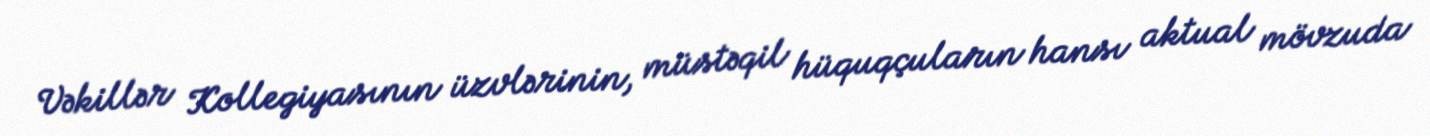
Vəkillər Kollegiyasının üzvlərinin, müstəqil hüquqçuların hansı aktual mövzuda